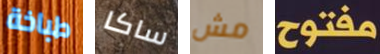
طباخة ساكا مش مفتوح